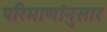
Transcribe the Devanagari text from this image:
परिमाणांनुसार